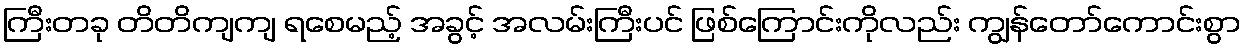
ကြီးတခု တိတိကျကျ ရစေမည့် အခွင့် အလမ်းကြီးပင် ဖြစ်ကြောင်းကိုလည်း ကျွန်တော်ကောင်းစွာ